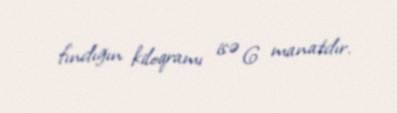
fındığın kiloqramı isə 6 manatdır.